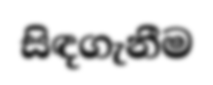
සිඳගැනීම